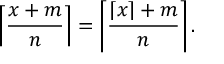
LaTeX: \left\lceil { \frac { x + m } { n } } \right\rceil = \left\lceil { \frac { \lceil x \rceil + m } { n } } \right\rceil .